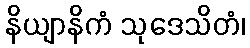
နိယျာနိကံ သုဒေသိတံ၊